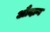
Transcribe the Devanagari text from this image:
औदान